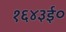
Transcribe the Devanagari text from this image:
१६४३ई०